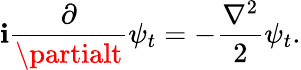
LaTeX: \mathbf{i}{\frac{{\partial}}{{\partialt}}}\psi_{t}=-{\frac{{\nabla^{2}}}{{2}}}\psi_{t}.